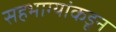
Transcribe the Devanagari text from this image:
सहभाग्यांकडून